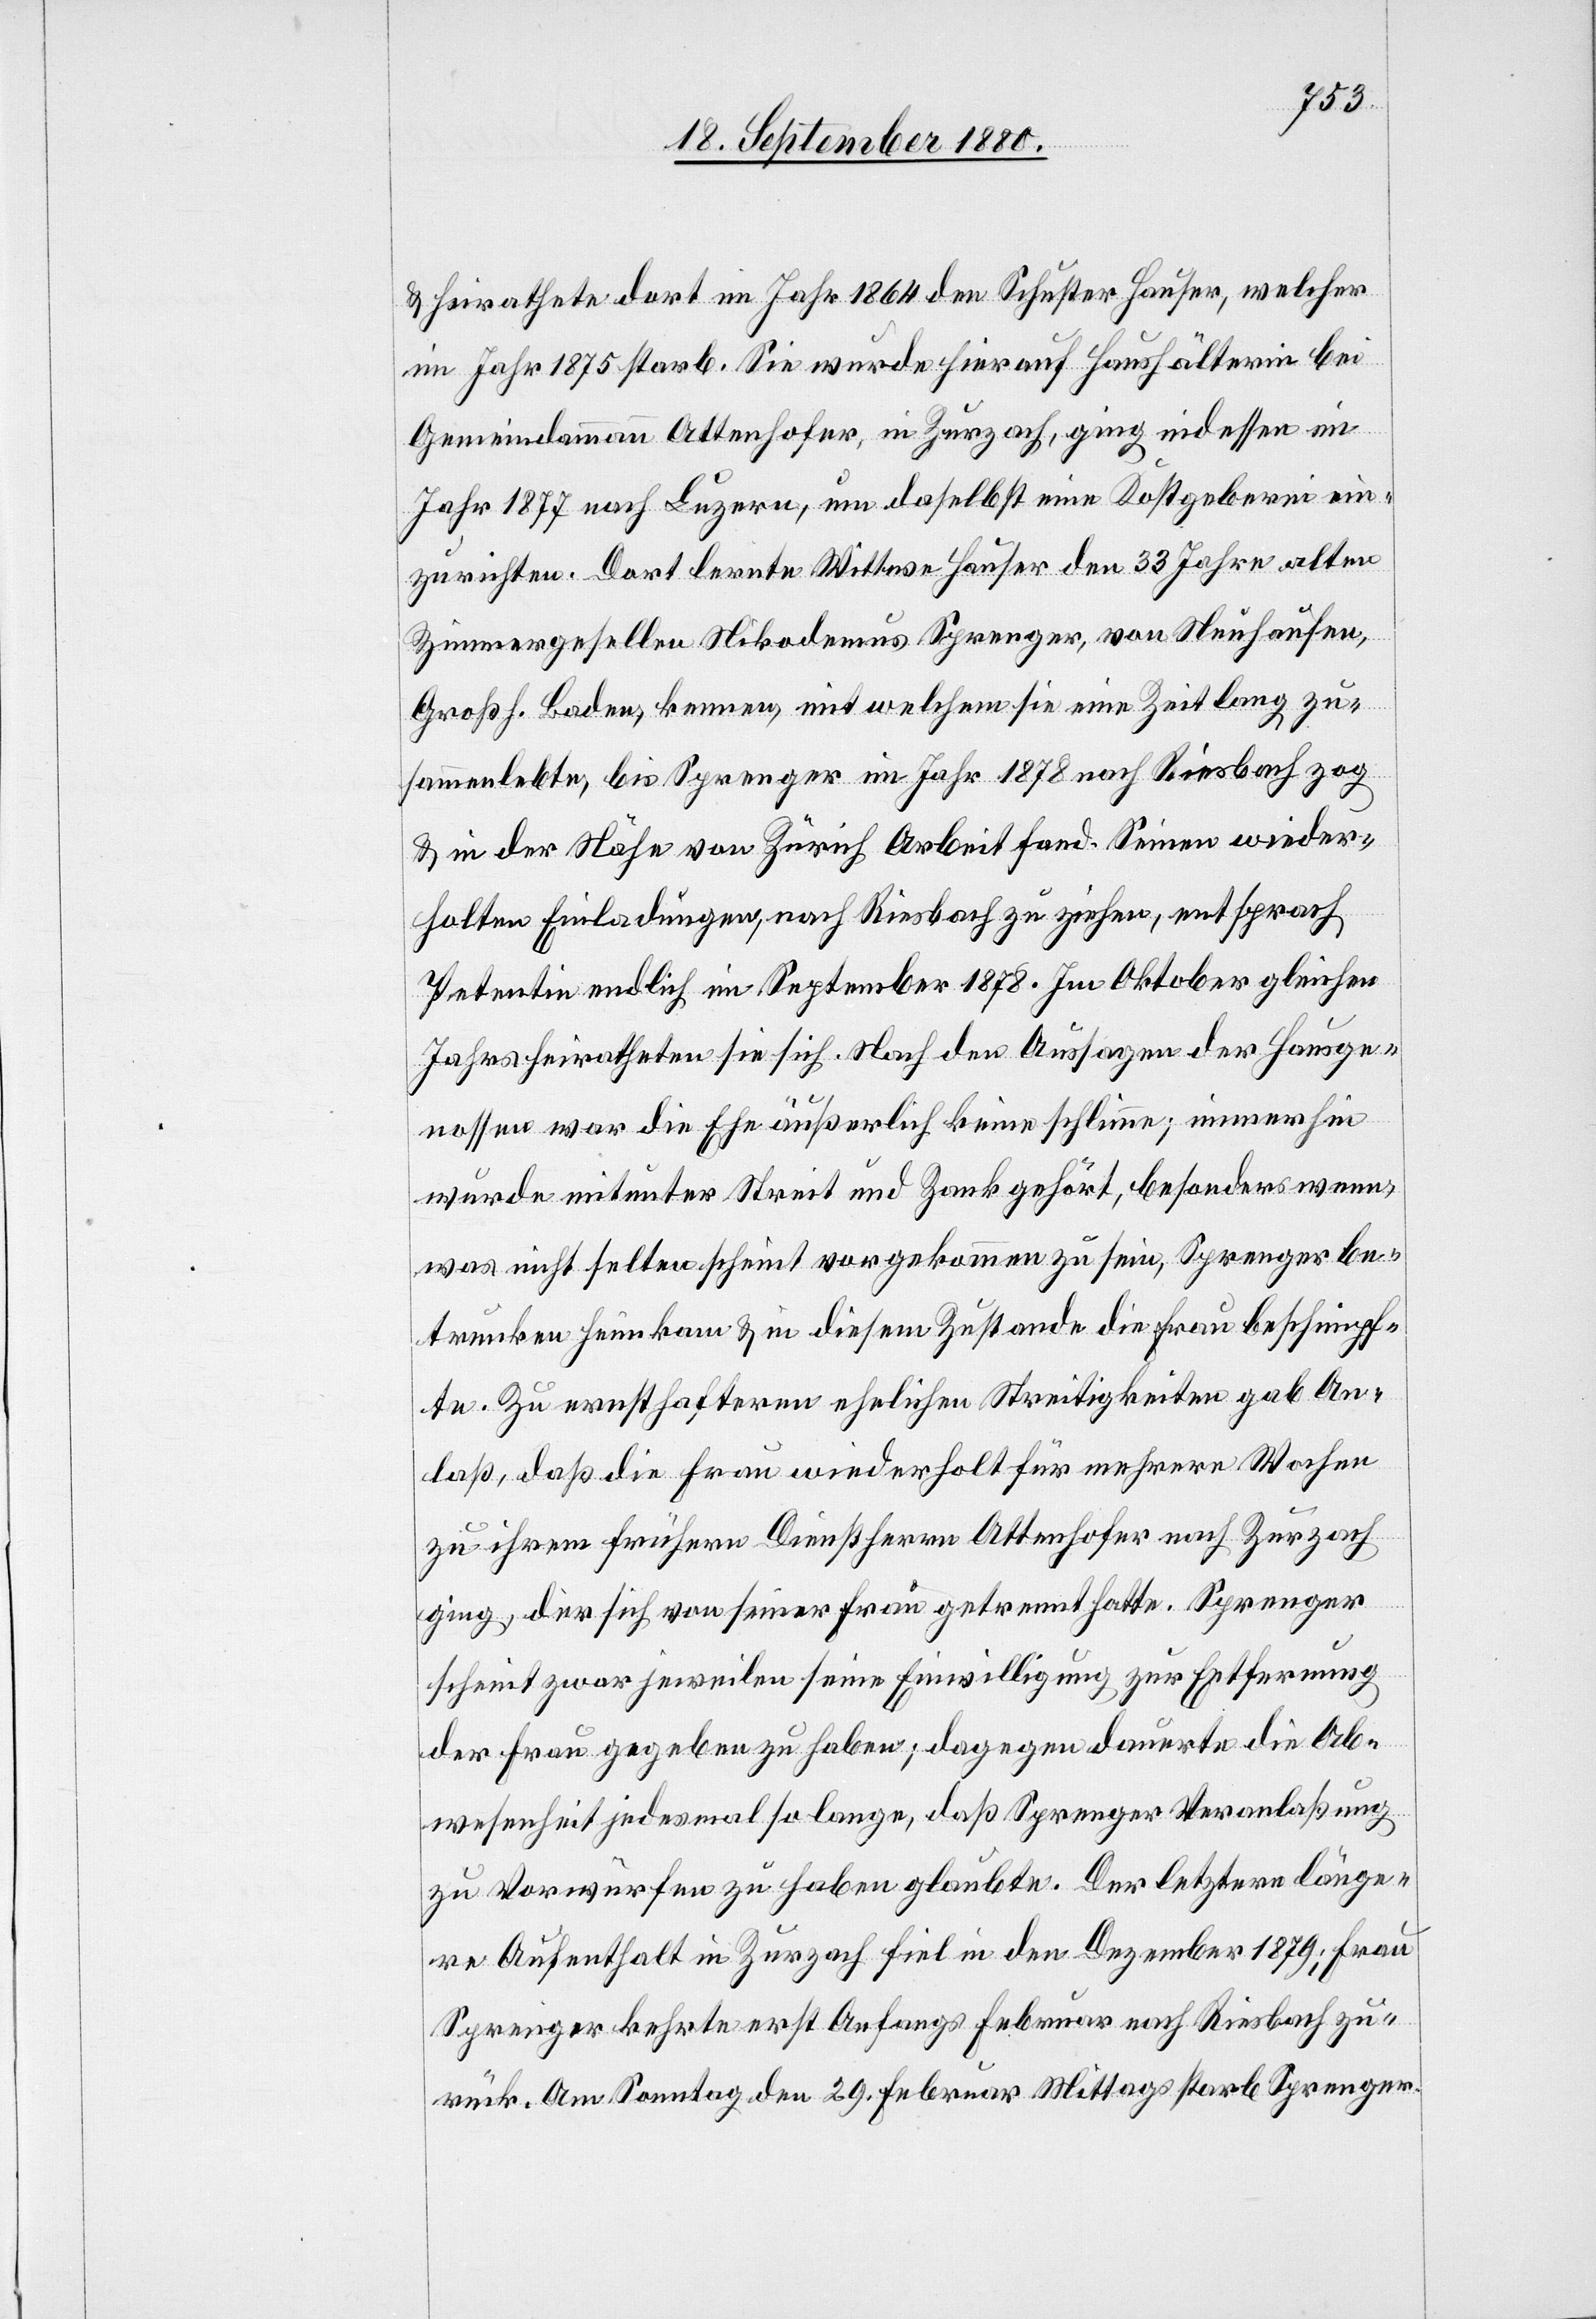
& heirathete dort im Jahr 1864 den Schuster Hauser, welcher
im Jahr 1875 starb. Sie wurde hierauf Haushälterin bei
Gemeindammann Attenhofer, in Zurzach, ging indessen im
Jahr 1877 nach Luzern, um daselbst eine Kostgeberei ein¬
zurichten. Dort lernte Wittwe Hauser den 33 Jahre alten
Zimmergesellen Nikodemus Sprenger, von Neuhausen,
Großh. Baden, kennen, mit welchem sie eine Zeit lang zu¬
sammenlebte, bis Sprenger im Jahr 1878 nach Riesbach zog
& in der Nähe von Zürich Arbeit fand. Seinen wieder¬
holten Einladungen, nach Riesbach zu ziehen, entsprach
Petentin endlich im September 1878. Im Oktober gleichen
Jahres heiratheten sie sich. Nach den Aussagen der Hausge¬
nossen war die Ehe äußerlich keine schlimme; immerhin
wurde mitunter Streit und Zank gehört, besonders wenn
was nicht selten scheint vorgekommen zu sein, Sprenger be¬
trunken heimkam & in diesem Zustande die Frau beschimpf¬
te. Zu ernsthafteren ehelichen Streitigkeiten gab An¬
laß, daß die Frau wiederholt für mehrere Wochen
zu ihrem frühern Dienstherrn Attenhofer nach Zurzach
ging, der sich von seiner Frau getrennt hatte. Sprenger
scheint zwar jeweilen seine Einwilligung zur Entfernung
der Frau gegeben zu haben; dagegen dauerte die Ab¬
wesenheit jedesmal so lange, daß Sprenger Veranlaßung
zu Vorwürfen zu haben glaubte. Der letztere länge¬
re Aufenthalt in Zurzach fiel in den Dezember 1879; Frau
Sprenger kehrte erst Anfangs Februar nach Riesbach zu¬
rück. Am Sonntag den 29. Februar Mittags starb Sprenger.